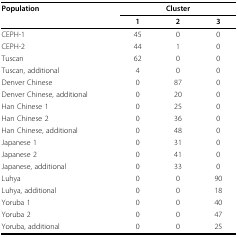
| Population | <COLSPAN=3> Cluster |
 |  | 1 | 2 | 3 |
 | --- | --- | --- | --- |
 | CEPH-1 | 45 | 0 | 0 |
 | CEPH-2 | 44 | 1 | 0 |
 | Tuscan | 62 | 0 | 0 |
 | Tuscan, additional | 4 | 0 | 0 |
 | Denver Chinese | 0 | 87 | 0 |
 | Denver Chinese, additional | 0 | 20 | 0 |
 | Han Chinese 1 | 0 | 25 | 0 |
 | Han Chinese 2 | 0 | 36 | 0 |
 | Han Chinese, additional | 0 | 48 | 0 |
 | Japanese 1 | 0 | 31 | 0 |
 | Japanese 2 | 0 | 41 | 0 |
 | Japanese, additional | 0 | 33 | 0 |
 | Luhya | 0 | 0 | 90 |
 | Luhya, additional | 0 | 0 | 18 |
 | Yoruba 1 | 0 | 0 | 40 |
 | Yoruba 2 | 0 | 0 | 47 |
 | Yoruba, additional | 0 | 0 | 25 |